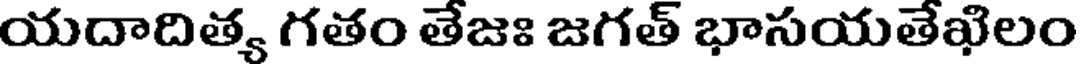
యదాదిత్య గతం తేజః జగత్ భాసయతేఖిలం